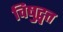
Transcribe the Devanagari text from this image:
विषुद्वृत्त